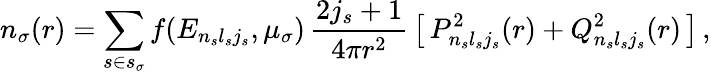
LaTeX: n_{\sigma}(r)=\sum_{s\in s_{\sigma}}f(E_{n_{s}l_{s}j_{s}},\mu_{\sigma})\, \frac{2j_{s}+1}{4\pi r^{2}}\, \big[\, P_{n_{s}l_{s}j_{s}}^{2}(r)+Q_{n_{s}l_{s}j_{s}}^{2}(r)\, \big]\, ,